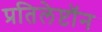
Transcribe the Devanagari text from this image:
प्रतिलेप्टॉन